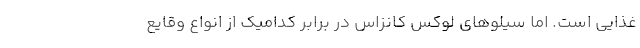
غذایی است. اما سیلوهای لوکس کانزاس در برابر کدامیک از انواع وقایع